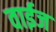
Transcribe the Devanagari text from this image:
वाईज